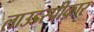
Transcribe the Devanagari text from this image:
लाउडस्पीकार